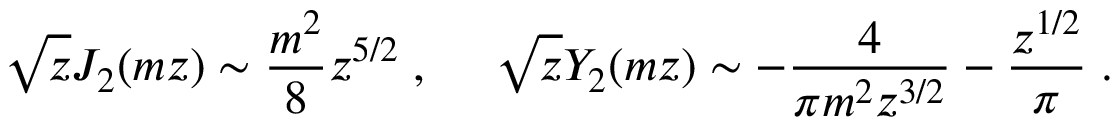
\sqrt { z } J _ { 2 } ( m z ) \sim { \frac { m ^ { 2 } } { 8 } } z ^ { 5 / 2 } \; , ~ ~ ~ ~ \sqrt { z } Y _ { 2 } ( m z ) \sim - { \frac { 4 } { \pi m ^ { 2 } z ^ { 3 / 2 } } } - { \frac { z ^ { 1 / 2 } } { \pi } } \; .